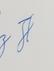
Signature authenticity: genuine